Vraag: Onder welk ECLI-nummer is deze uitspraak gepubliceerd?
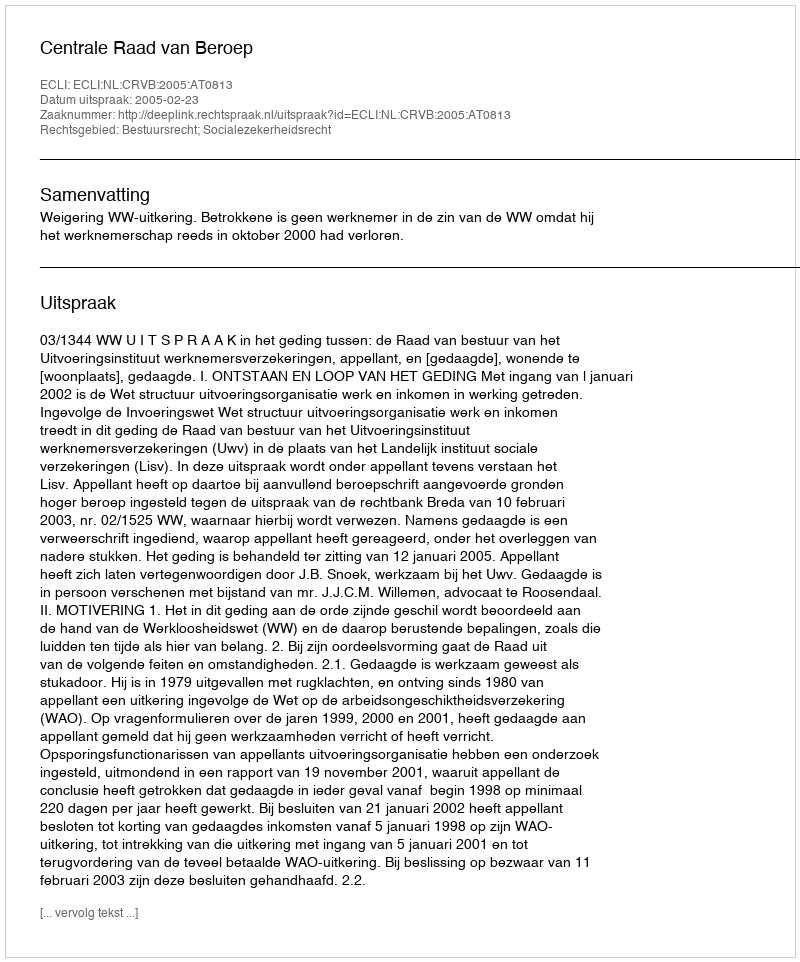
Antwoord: ECLI:NL:CRVB:2005:AT0813